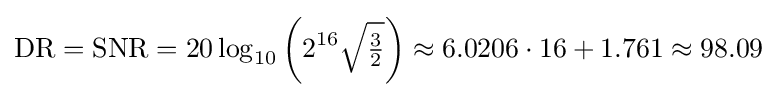
\mathrm {DR} =\mathrm {SNR} =20\log _{10}{\left(2^{16}{\sqrt {\tfrac {3}{2}}}\right)}\approx 6.0206\cdot 16+1.761\approx 98.09